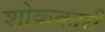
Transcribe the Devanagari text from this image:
शोककारी